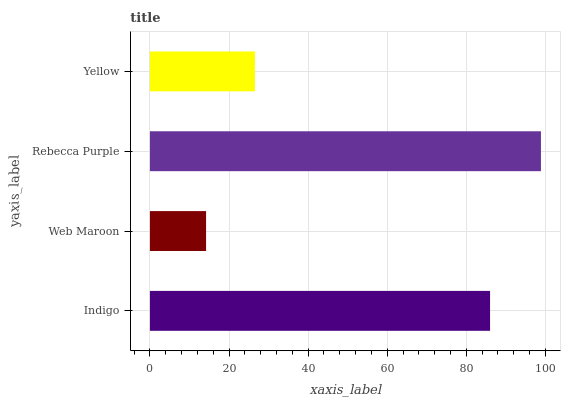
| yaxis_label | bars |
 | --- | --- |
 | Indigo | 86 |
 | Web Maroon | 14.2 |
 | Rebecca Purple | 98.9 |
 | Yellow | 26.5 |